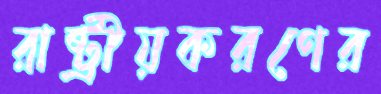
রাষ্ট্রীয়করণের